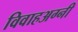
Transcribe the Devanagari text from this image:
विवाहअग्नी